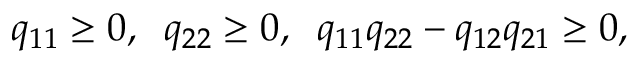
\begin{array} { r } { q _ { 1 1 } \ge 0 , \; \; q _ { 2 2 } \ge 0 , \; \; q _ { 1 1 } q _ { 2 2 } - q _ { 1 2 } q _ { 2 1 } \ge 0 , } \end{array}